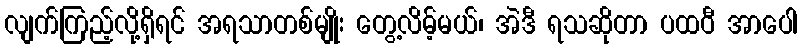
လျက်ကြည့်လို့ရှိရင် အရသာတစ်မျိုး တွေ့လိမ့်မယ်၊ အဲဒီ ရသဆိုတာ ပထဝီ အာပေါ